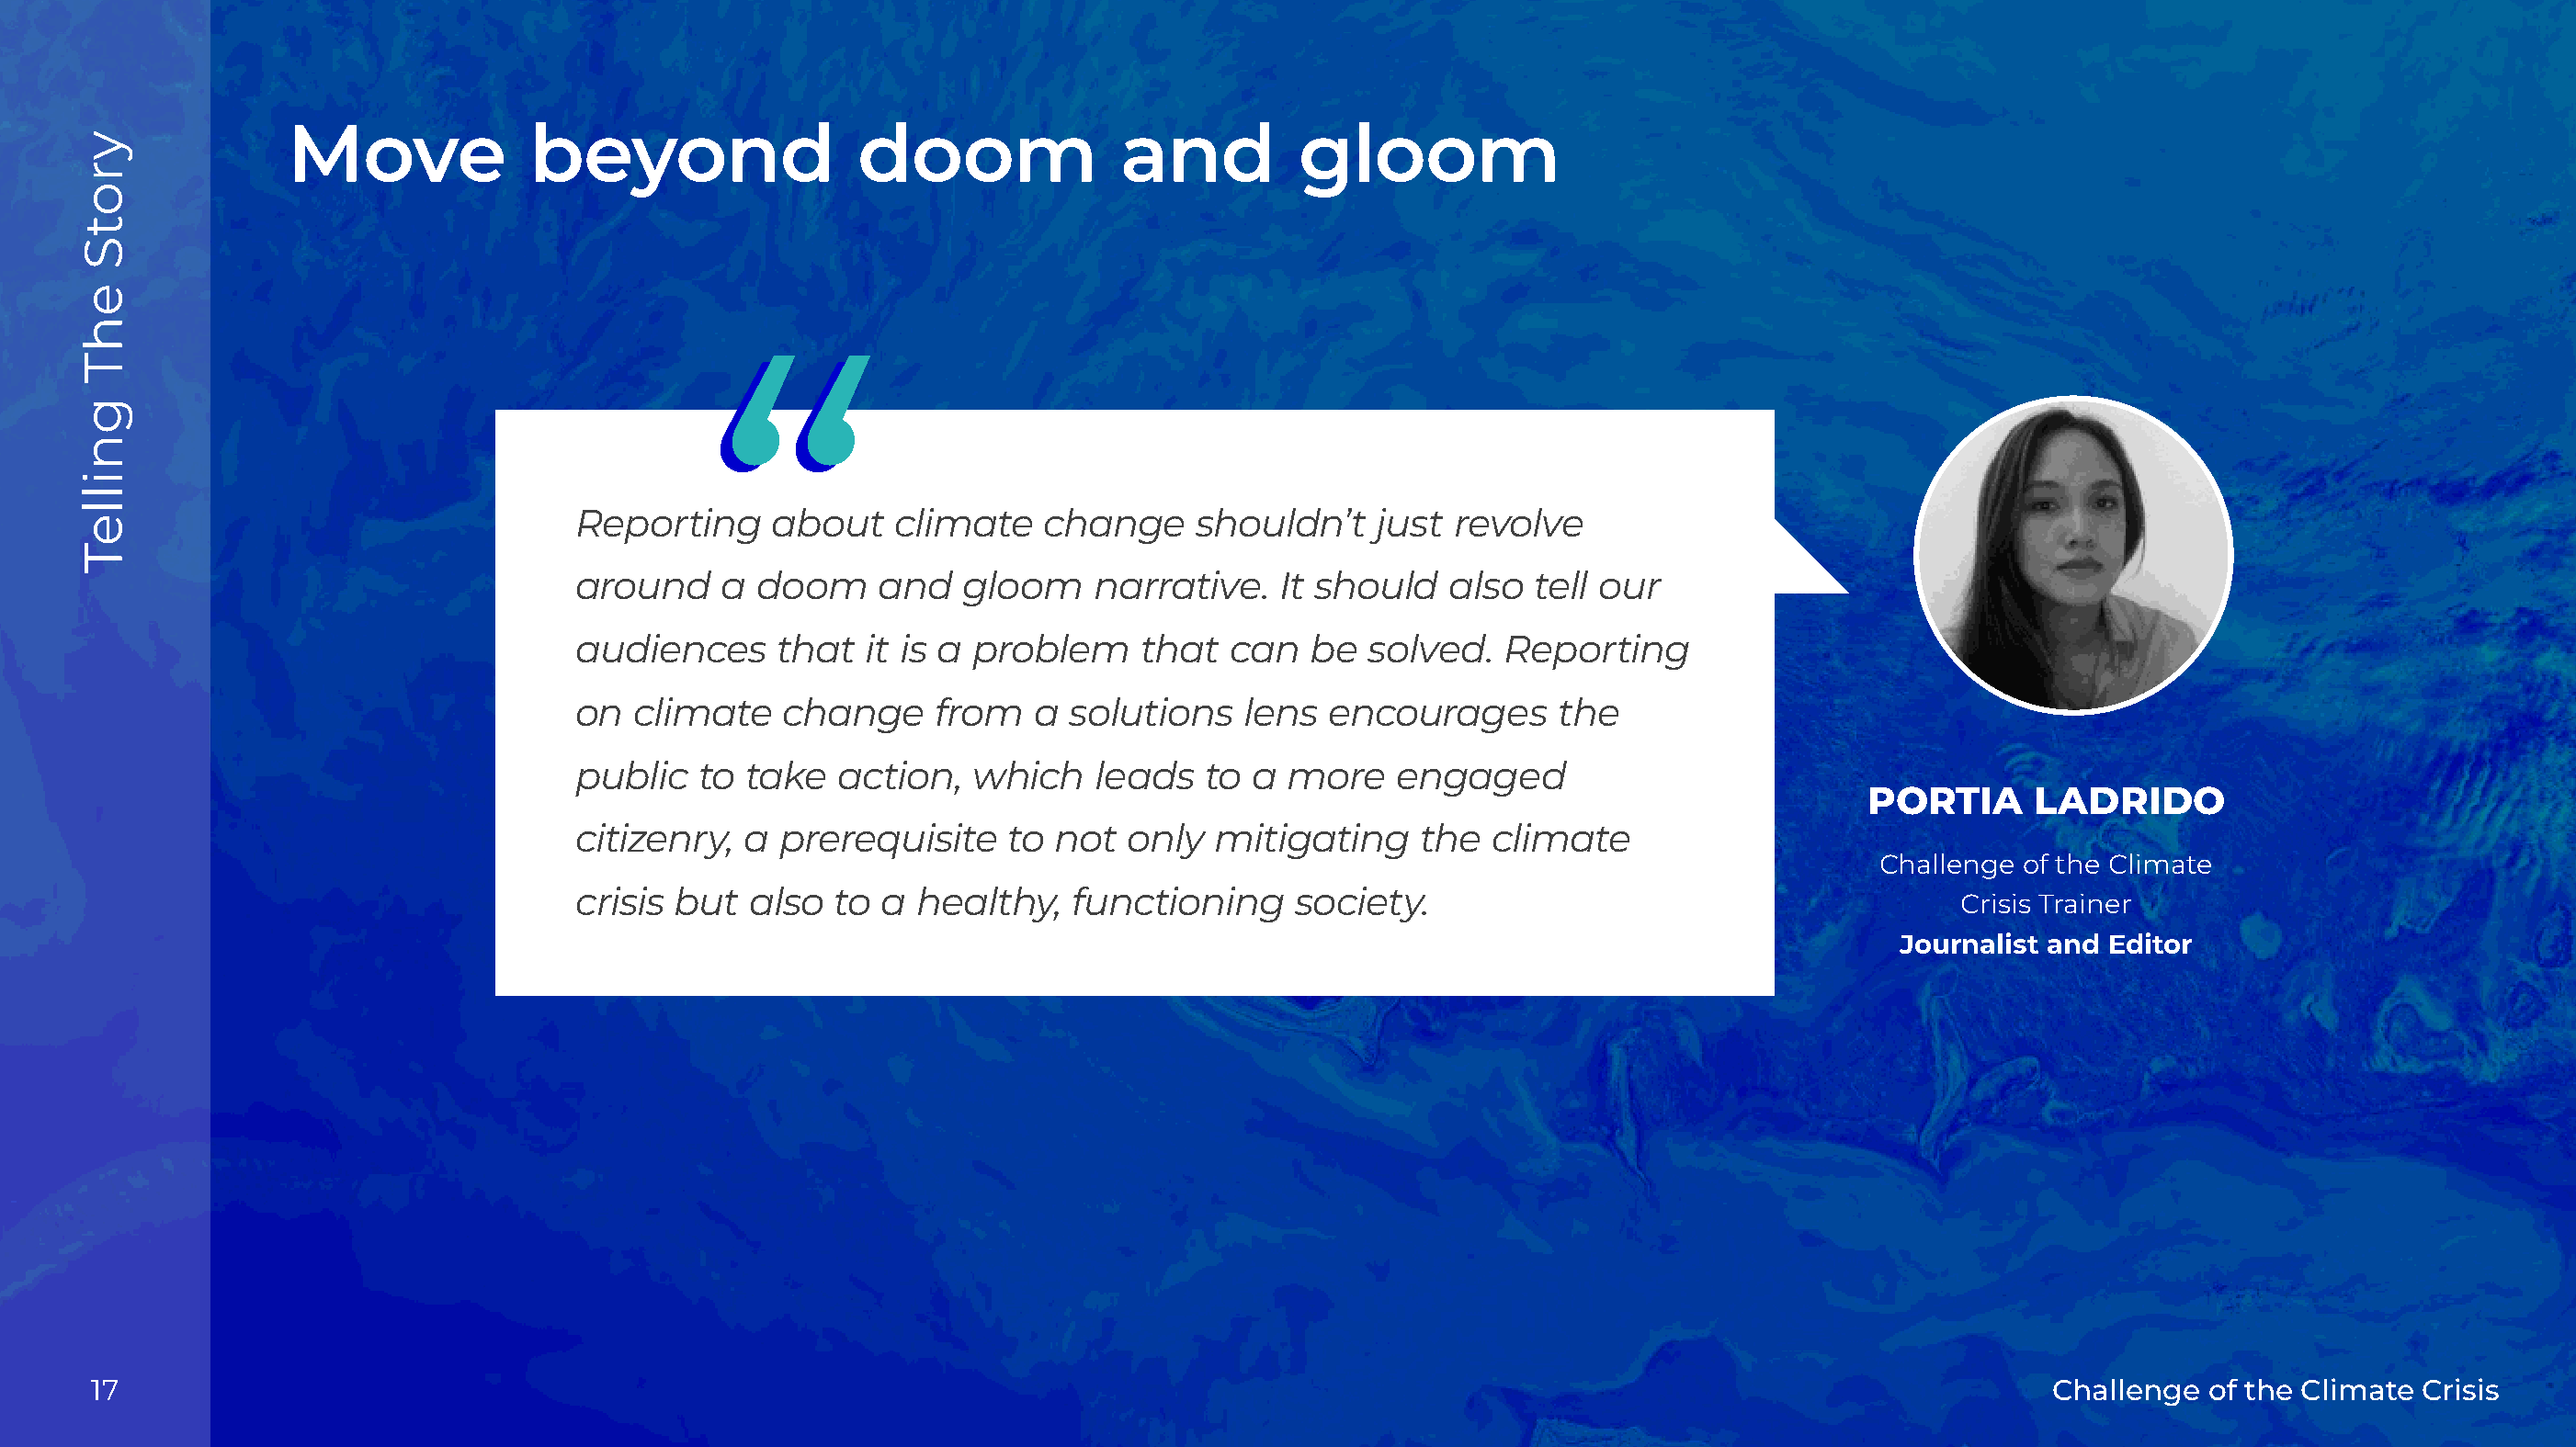
Move             beyond                  doom               and          gloom
 Reporting      about   climate    change     shouldn’t    just  revolve
 around     a  doom    and   gloom     narrative.   It should   also   tell our
 audiences      that  it is a problem     that   can  be   solved.  Reporting
 on   climate   change     from   a  solutions    lens  encourages      the
 public   to  take  action,   which    leads   to a  more    engaged
 PORTIA       LADRIDO
 citizenry,   a prerequisite     to not  only  mitigating     the  climate
 Challenge  of the Climate
 crisis  but  also  to a  healthy,   functioning     society.
 Crisis Trainer
 Journalist and Editor
 17                                                                                                                                           Challenge  of the Climate Crisis
 yrotS
 ehT
 gnilleT